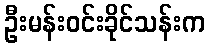
ဦးမန်းဝင်းခိုင်သန်းက